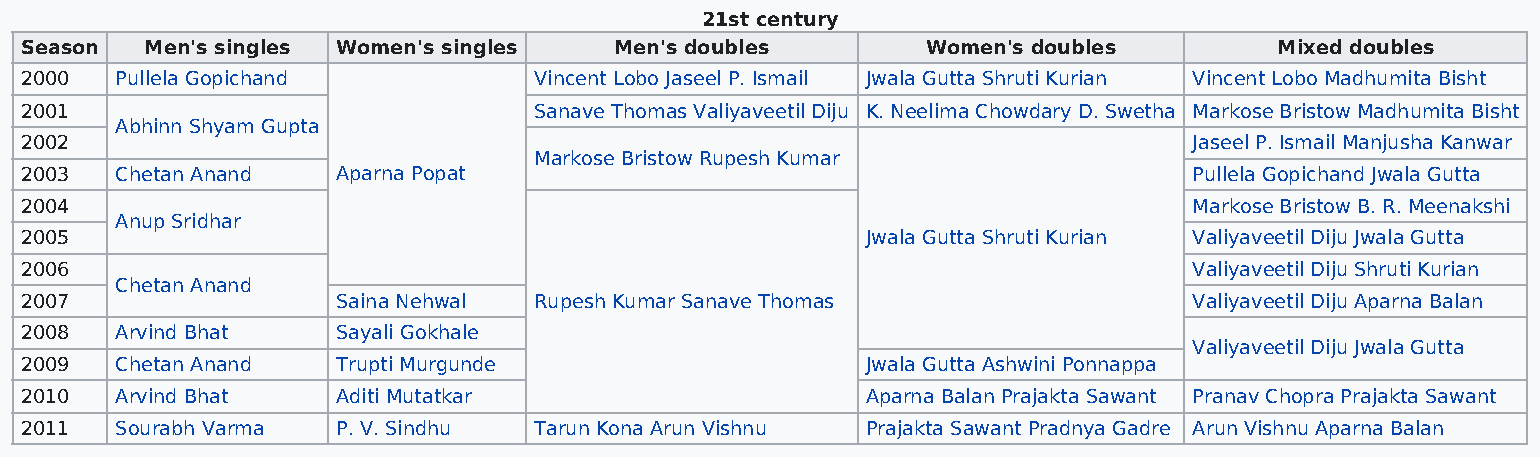
21st century
 Season   Men's singles Women's singles  Men's doubles       Women's doubles         Mixed doubles
 2000   Pullela Gopichand          Vincent Lobo Jaseel P. Ismail Jwala Gutta Shruti Kurian Vincent Lobo Madhumita Bisht
 2001                              Sanave Thomas Valiyaveetil Diju K. Neelima Chowdary D. Swetha Markose Bristow Madhumita Bisht
 Abhinn Shyam Gupta
 2002                                                                          Jaseel P. Ismail Manjusha Kanwar
 Markose Bristow Rupesh Kumar
 2003   Chetan Anand  Aparna Popat                                             Pullela Gopichand Jwala Gutta
 2004                                                                          Markose Bristow B. R. Meenakshi
 Anup Sridhar
 2005                                                    Jwala Gutta Shruti Kurian Valiyaveetil Diju Jwala Gutta
 2006                                                                          Valiyaveetil Diju Shruti Kurian
 Chetan Anand
 2007                 Saina Nehwal Rupesh Kumar Sanave Thomas                  Valiyaveetil Diju Aparna Balan
 2008   Arvind Bhat   Sayali Gokhale
 Valiyaveetil Diju Jwala Gutta
 2009   Chetan Anand  Trupti Murgunde                    Jwala Gutta Ashwini Ponnappa
 2010   Arvind Bhat   Aditi Mutatkar                     Aparna Balan Prajakta Sawant Pranav Chopra Prajakta Sawant
 2011   Sourabh Varma P. V. Sindhu Tarun Kona Arun Vishnu Prajakta Sawant Pradnya Gadre Arun Vishnu Aparna Balan